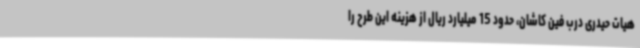
هیات حیدری درب فین کاشان، حدود 15 میلیارد ریال از هزینه این طرح را